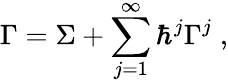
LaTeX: \Gamma=\Sigma+\sum_{j=1}^{\infty}\hbar^{j}\Gamma^{j}\; ,